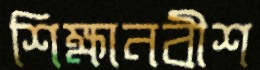
শিক্ষানবীশ